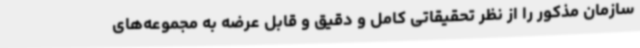
سازمان مذکور را از نظر تحقیقاتی کامل و دقیق و قابل عرضه به مجموعه‌های